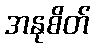
အနုစိတ်